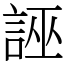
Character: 誣